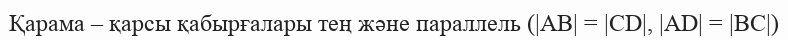
Қарама – қарсы қабырғалары тең және параллель (|AB| = |CD|, |AD| = |BC|)